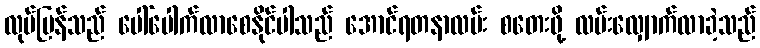
လုပ်ပြန်သည် ပေါ်ပေါက်လာစေနိုင်ပါသည် အောင်ရတနာလမ်း စတေးဖို့ လမ်းလျှောက်လာခဲ့သည်